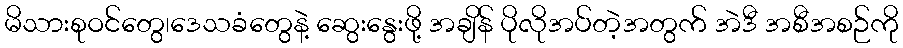
မိသားစုဝင်တွေ၊ဒေသခံတွေနဲ့ ဆွေးနွေးဖို့ အချိန် ပိုလိုအပ်တဲ့အတွက် အဲဒီ အစီအစဉ်ကို